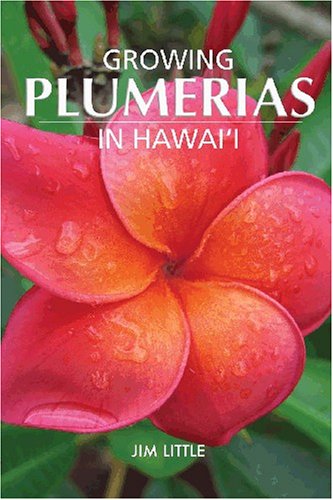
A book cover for Growing Plumerias in Hawaii; Jim Little; Crafts, Hobbies & Home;